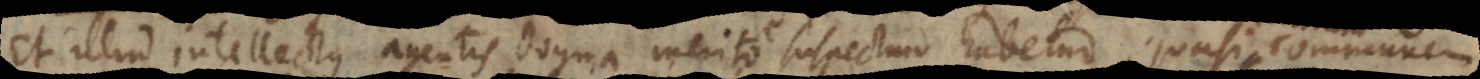
Et illud intellectus agentis dogma merito suspectum habetur, quasi communem